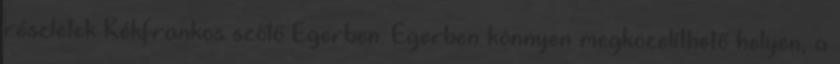
részletek Kékfrankos szőlő Egerben. Egerben könnyen megközelíthető helyen, a